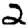
Digit: 2